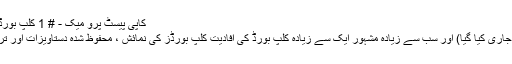
کاپی پیسٹ پرو میک - # 1 کلپ بورڈ مینیجر کی مقدار
پہلا (1997 میں جاری کیا گیا) اور سب سے زیادہ مشہور ایک سے زیادہ کلپ بورڈ کی افادیت کلپ بورڈز کی نمائش ، محفوظ شدہ دستاویزات اور ترمیم کرنے کیلئے۔